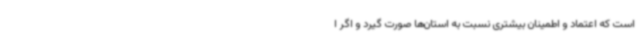
است که اعتماد و اطمینان بیشتری نسبت به استان‌ها صورت گیرد و اگر ا